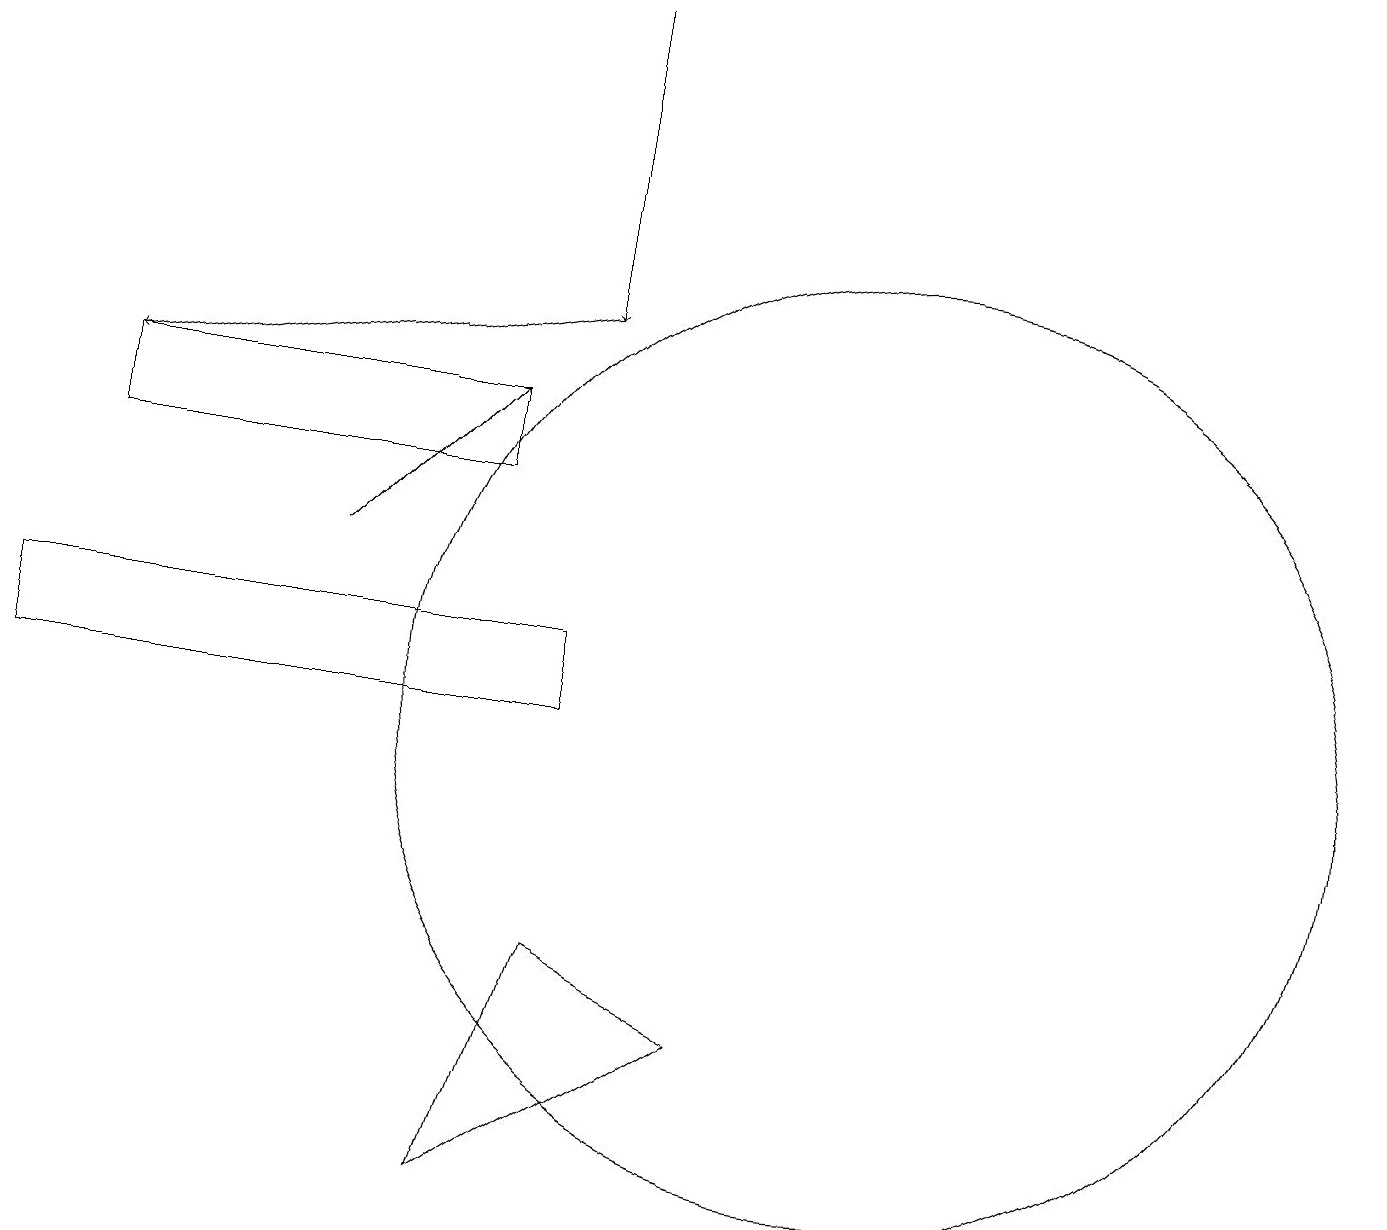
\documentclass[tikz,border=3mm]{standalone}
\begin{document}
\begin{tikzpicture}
\draw[->] (4,12) -- (6,14);
\draw (6,13) rectangle (1,14);
\draw[->] (7,19) -- (7,15);
\draw (11,10) circle (6);
\draw[->] (7,15) -- (1,14);
\draw (0,11) rectangle (7,10);
\draw (6,4) -- (7,7) -- (9,6) -- cycle;
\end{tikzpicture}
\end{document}